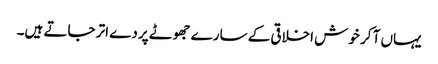
یہاں آ کر خوش اخلاقی کے سارے جھوٹے پردے اتر جاتے ہیں۔